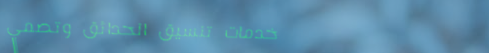
خدمات تنسيق الحدائق وتصمي